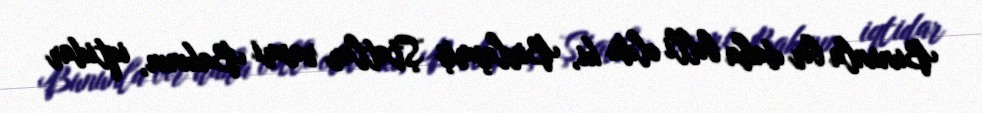
Bununla bir daha bəlli oldu ki, Birləşmiş Ştatlar rəsmi Bakının, iqtidar